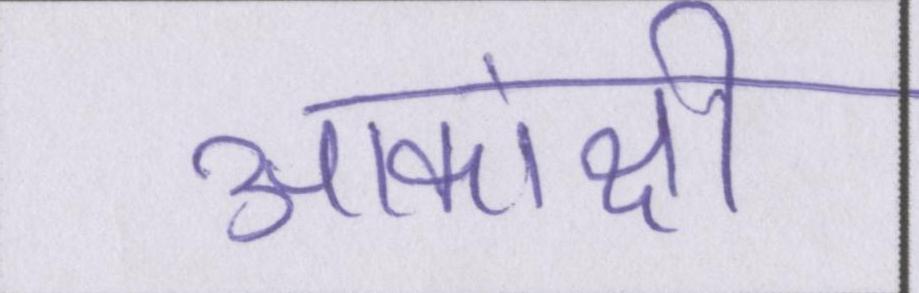
आकांक्षी